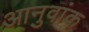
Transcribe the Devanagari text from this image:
आनुवांक